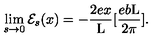
\lim _ { s \to 0 } { \cal E } _ { s } ( x ) = - \frac { 2 e x } { \mathrm { L } } [ \frac { e b \mathrm { L } } { 2 \pi } ] .